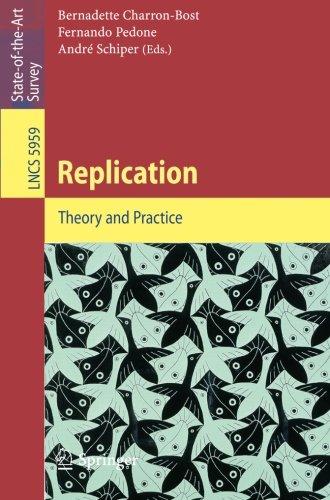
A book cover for Replication: Theory and Practice (Lecture Notes in Computer Science / Theoretical Computer Science and General Issues); Computers & Technology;